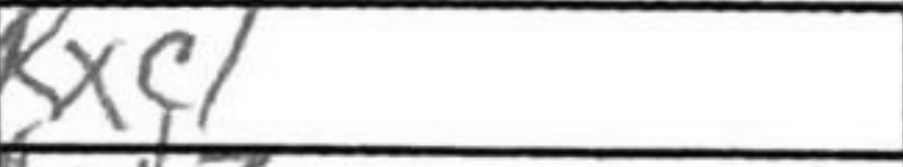
Transcription: Rxc1